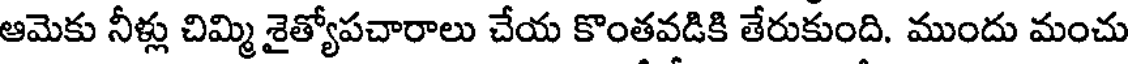
ఆమెకు నీళ్లు చిమ్మి శైత్యోపచారాలు చేయ కొంతవడికి తేరుకుంది. ముందు మంచు